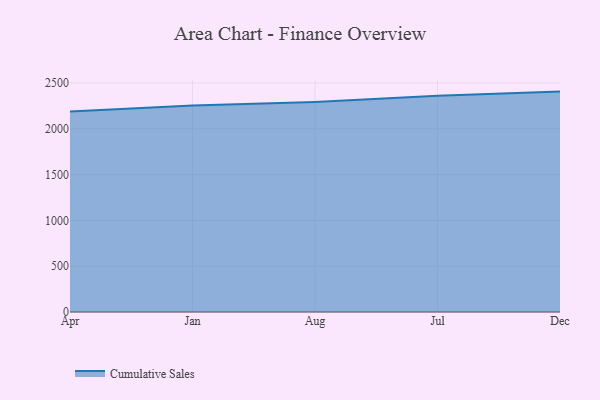
{"axis": {"x": "Month", "y": "Active Users"}, "legend": ["Cumulative Sales"], "data": [{"x": "Apr", "y": 2187.9, "type": "Cumulative Sales"}, {"x": "Jan", "y": 2253.6, "type": "Cumulative Sales"}, {"x": "Aug", "y": 2292.8, "type": "Cumulative Sales"}, {"x": "Jul", "y": 2361.4, "type": "Cumulative Sales"}, {"x": "Dec", "y": 2405.5, "type": "Cumulative Sales"}]}